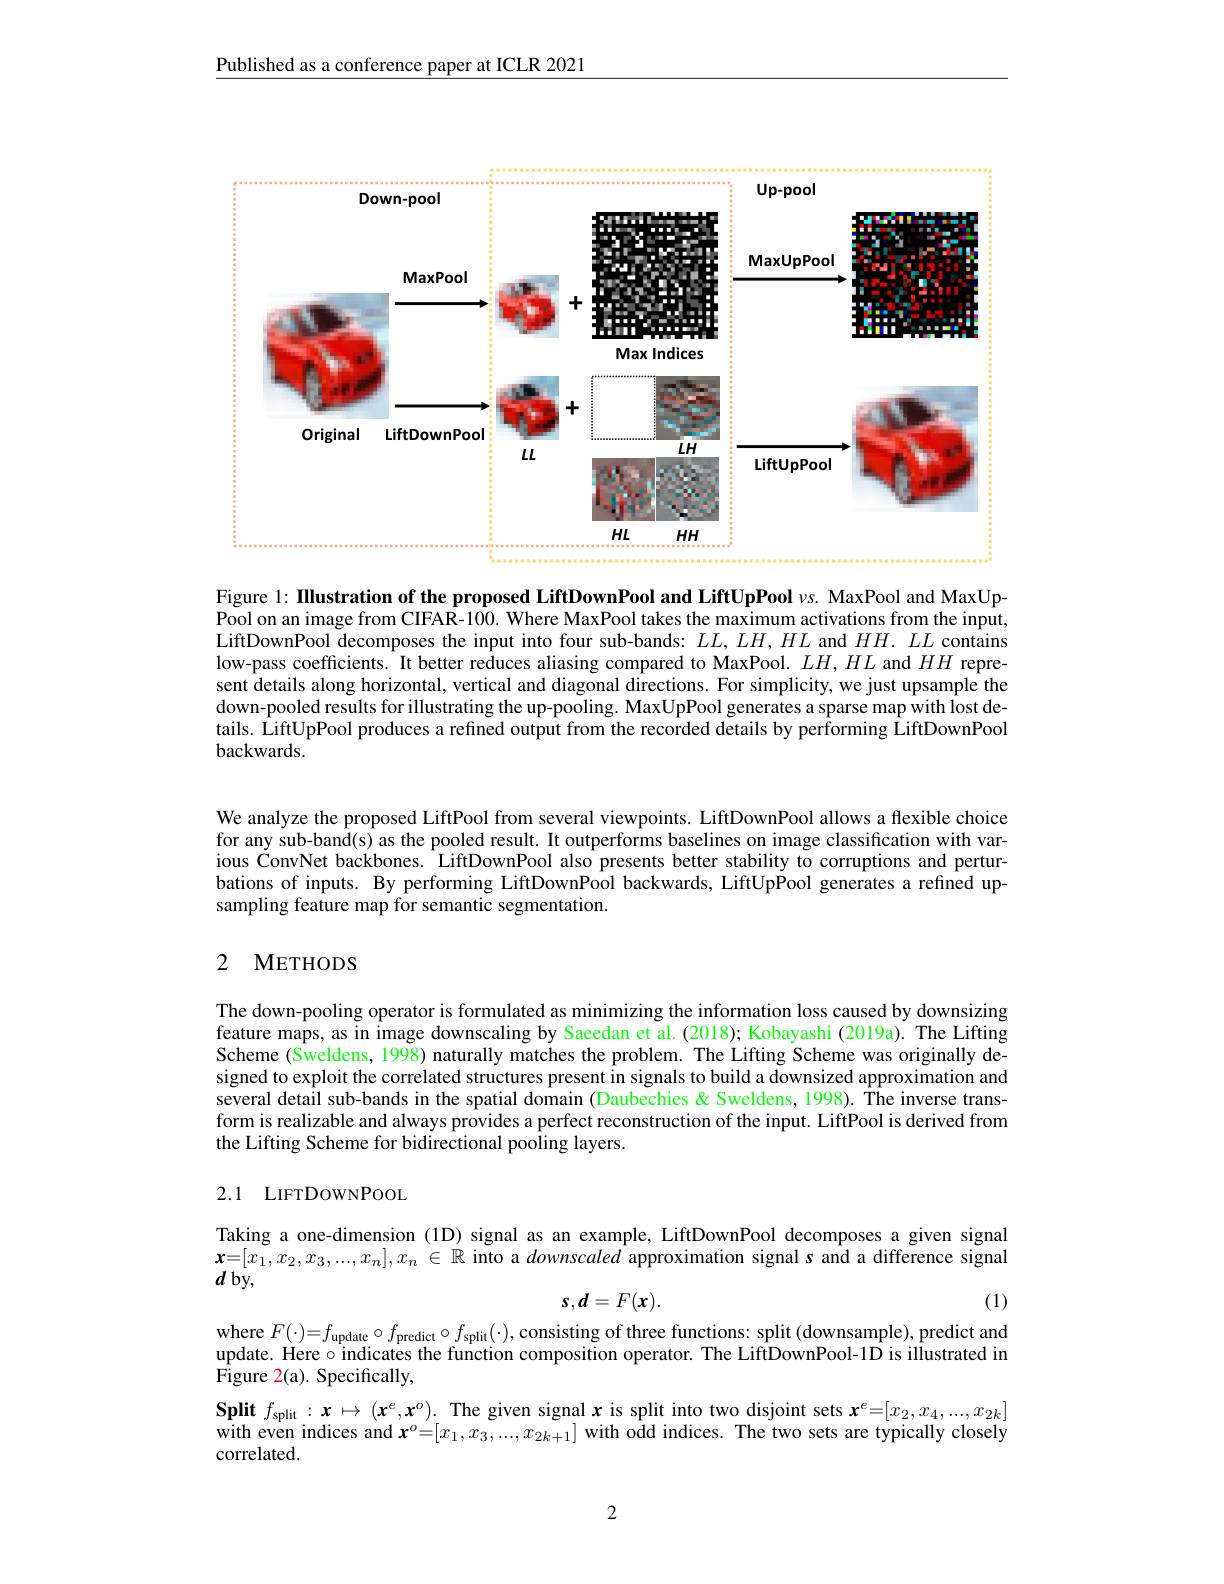
Published as a conference paper at ICLR 2021

<FigureHere>

Figure 1: IIlustration of the proposed LiftDownPool and LiftUpPool $v$s. MaxPool and MaxUpPool on an image from CIFAR-100. Where MaxPool takes the maximum activations from the input, LiftDownPool decomposes the input into four sub-bands: $LL,LH,HL$ and $HH.LL$ contains low-pass coefficients. It better reduces aliasing compared to MaxPool. $LH,HL$ and $HH$ represent details along horizontal, vertical and diagonal directions. For simplicity, we just upsample the down-pooled results for illustrating the up-pooling. MaxUpPool generates a sparse map with lost details. LiffUpPool produces a refined output from the recorded details by performing LiftDownPool backwards.

We analyze the proposed LiftPool from several viewpoints. LiftDownPool allows a flexible choice for any sub-band(s) as the pooled result. It outperforms baselines on image classification with various ČonvNet backbones. LiftDownPool also presents better stability tõ corruptions and perturbations of inputs. By performing LiftDownPool backwards, LiftUpPool generates a refined upsampling feature map for semantic segmentation.

## 2 METHODS

The down-pooling operator is formulated as minimizing the information loss caused by downsizing feature maps, as in image downscaling by Saeedan et al.(2018); Kobayashi (2019a). The Lifting Scheme (Sweldens, 1998) naturally matches the problem. The Lifting Scheme was originally designed to exploit the correlated structures present in signals to build a downsized approximation and several detail sub-bands in the spatial domain (Daubechies & Sweldens, 1998). The inverse transform is realizable and always provides a perfect reconstruction of the input. LiftPool is derived from the Lifting Scheme for bidirectional pooling layers.

## 2.1 LIFTDOWNPOOL

Taking a one-dimension (1D) signal as an example, LiftDownPool decomposes a given signal $\begin{array}{l}\mathbf{x=[x_1,x_2,x_3,...,x_n],x_n\in\mathbb{R}}\text{ into a downscaled approximation signal s and a difference signal}\\\boldsymbol{d}\mathrm{~by,}\end{array}$
$$s,d=F(x).$$
(1)

where $F(\cdot)=f_{\mathrm{update}}\circ f_{\mathrm{predict}}\circ f_{\mathrm{split}}(\cdot)$, consisting of three functions: split (downsample), predict and update. Here $\circ$ indicates the function composition operator. The LiftDownPool-1D is illustrated in Figure 2(a). Specifically,

$\mathbf{Split~}f_{\mathrm{split~}}: \boldsymbol{x}\mapsto ( \boldsymbol{x}^e, \boldsymbol{x}^o) .$ The given signal $\boldsymbol x$ is split into two disjoint sets $\boldsymbol x^e=[x_2,x_4,...,x_{2k}]$ with even indices and $x^o=[x_1,x_3,...,x_{2k+1}]$ with odd indices. The two sets are typically closely correlated.

2